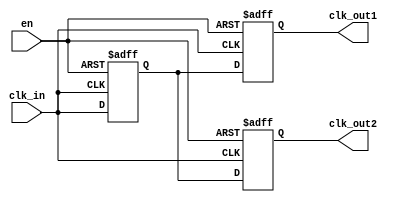
module clock_buffer (
    input wire clk_in,      // Clock input
    input wire en,         // Enable signal
    output reg clk_out1,   // First clock output
    output reg clk_out2    // Second clock output (can be extended for more outputs)
);

// Clock buffer internal signal
reg clk_buf;

// Generate the clock buffer output based on the input clock and enable signal
always @(posedge clk_in or negedge en) begin
    if (!en) begin
        // When disabled, hold outputs low
        clk_buf <= 1'b0;
        clk_out1 <= 1'b0;
        clk_out2 <= 1'b0;
    end else begin
        // Buffer the input clock signal
        clk_buf <= clk_in;
        clk_out1 <= clk_buf;
        clk_out2 <= clk_buf; // Replicating the clock signal to multiple outputs
    end
end

endmodule